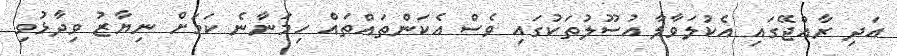
އަދި ރާއްޖޭގައި އެކުލަވާލާ އުސޫލުތަކުގައި ވެސް އެކަންތައްތައް ހިމަނާނެ ކަމަށް ނިޔާޒު ވިދާޅުވި